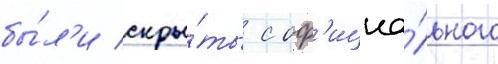
бы́л'и скры́ты с оф'ициа́льного